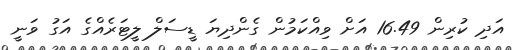
އަދި ކުރިން 16.49 އަށް ވިއްކަމުން ގެންދިޔަ ޑީސަލް ލީޓަރެއްގެ އަގު ވަނީ